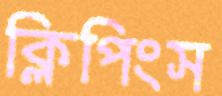
ক্লিপিংস